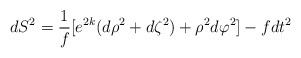
\begin{align*}dS^{2} = {1\over f}\lbrack e^{2k}(d\rho^{2} + d\zeta^{2}) + \rho^{2} d\varphi^{2} \rbrack - fdt^{2} \end{align*}